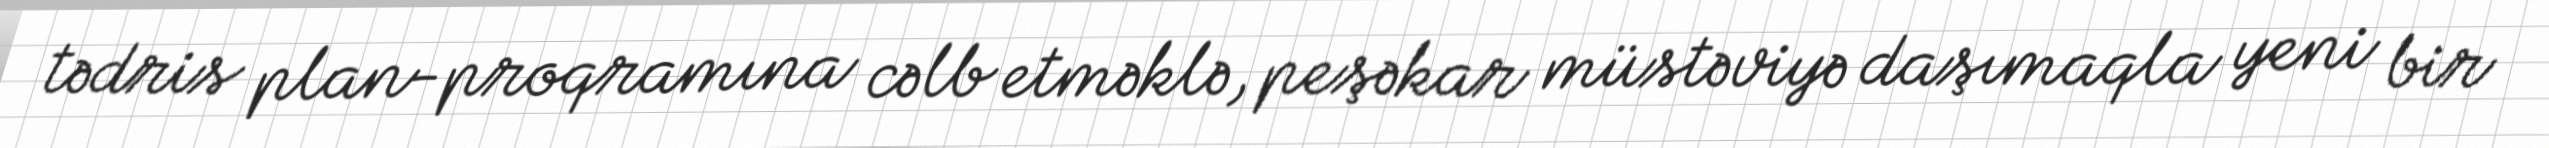
tədris plan-proqramına cəlb etməklə, peşəkar müstəviyə daşımaqla yeni bir